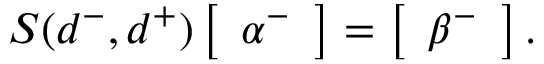
S ( d ^ { - } , d ^ { + } ) \left[ \begin{array} { l } { \alpha ^ { - } } \end{array} \right] = \left[ \begin{array} { l } { \beta ^ { - } } \end{array} \right] .